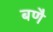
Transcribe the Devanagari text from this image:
बणै